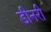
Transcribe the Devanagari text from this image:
डीनरी